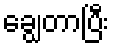
ချွေတာပြီး